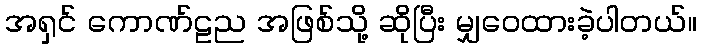
အရှင် ကောဏ်ဠည အဖြစ်သို့ ဆိုပြီး မျှဝေထားခဲ့ပါတယ်။